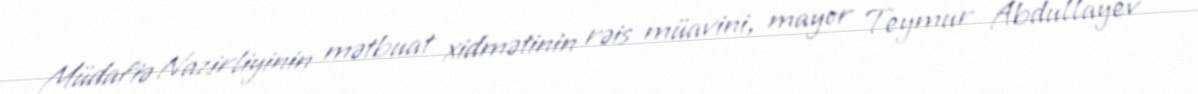
Müdafiə Nazirliyinin mətbuat xidmətinin rəis müavini, mayor Teymur Abdullayev